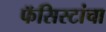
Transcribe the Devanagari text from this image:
फॅसिस्टांचा